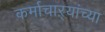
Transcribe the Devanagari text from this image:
कर्माचाऱ्यांच्या